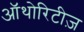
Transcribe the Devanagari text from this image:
ऑथोरिटीज़